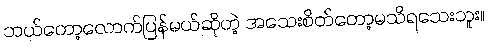
ဘယ်တော့လောက်ပြန်မယ်ဆိုတဲ့ အသေးစိတ်တော့မသိရသေးဘူး။